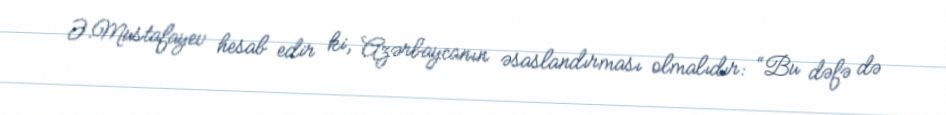
Ə.Mustafayev hesab edir ki, Azərbaycanın əsaslandırması olmalıdır: “Bu dəfə də